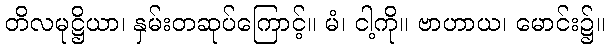
တိလမုဋ္ဌိယာ၊ နှမ်းတဆုပ်ကြောင့်။ မံ၊ ငါ့ကို။ ဗာဟာယ၊ မောင်း၌။